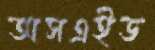
অসএইড